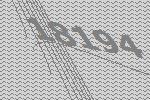
18194